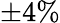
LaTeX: \pm 4\%